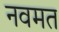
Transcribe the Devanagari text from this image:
नवमत